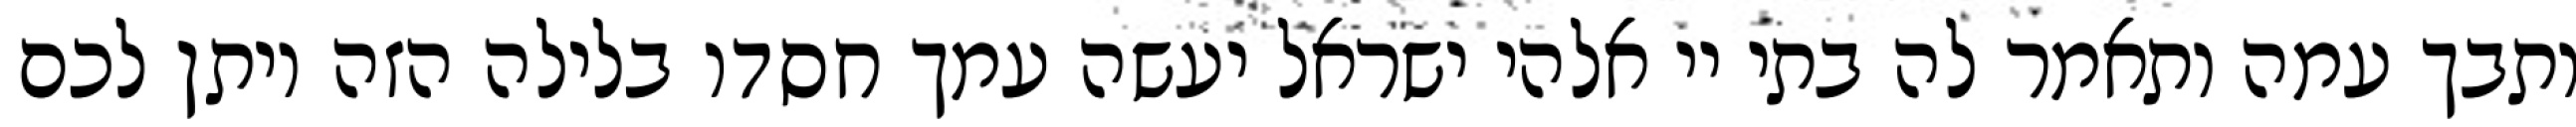
ותבך עמה ותאמר לה בתי יי אלהי ישראל יעשה עמך חסדו בלילה הזה ויתן לכם